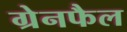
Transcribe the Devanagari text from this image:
ग्रेनफैल